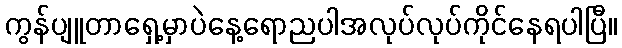
ကွန်ပျူတာရှေ့မှာပဲနေ့ရောညပါအလုပ်လုပ်ကိုင်နေရပါပြီ။